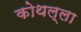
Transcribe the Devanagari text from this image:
कोथल्ला